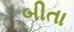
બીતા